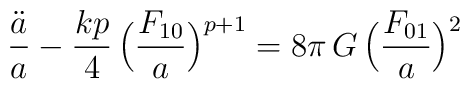
\frac{\ddot a}{a}-\frac{kp}{4}\,\Bigl(\frac{F_{10}}{a}\Bigr)^{p+1}=8\pi\,G\,\Bigl(\frac{F_{01}}{a}\Bigr)^2